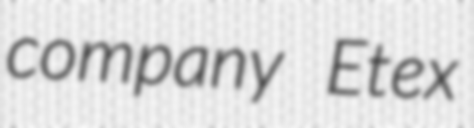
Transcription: company Etex